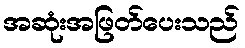
အဆုံးအဖြတ်ပေးသည်